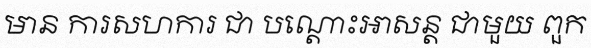
មាន ការសហការ ជា បណ្តោះអាសន្ត ជាមួយ ពួក